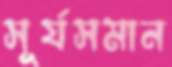
সূর্যসমান